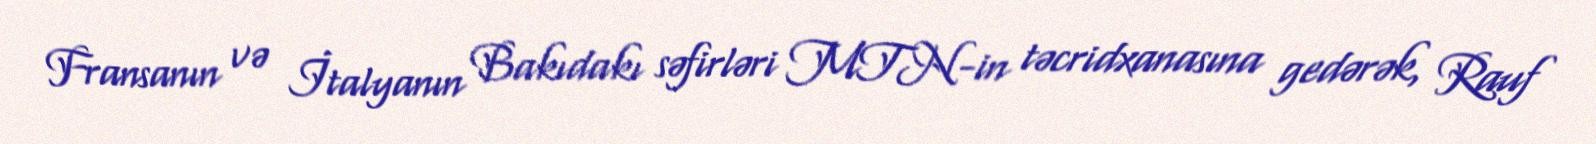
Fransanın və İtalyanın Bakıdakı səfirləri MTN-in təcridxanasına gedərək, Rauf